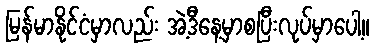
မြန်မာနိုင်ငံမှာလည်း အဲ့ဒီနေ့မှာစပြီးလုပ်မှာပေါ့။